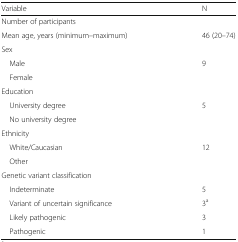
<table><thead><tr><td><b>Variable</b></td><td><b>N</b></td></tr></thead><tbody><tr><td>Number of participants</td><td>[EMPTY_CELL]</td></tr><tr><td>Mean age, years (minimum–maximum)</td><td>46 (20–74)</td></tr><tr><td colspan="2">Sex</td></tr><tr><td> Male</td><td>9</td></tr><tr><td> Female</td><td>[EMPTY_CELL]</td></tr><tr><td colspan="2">Education</td></tr><tr><td> University degree</td><td>5</td></tr><tr><td> No university degree</td><td>[EMPTY_CELL]</td></tr><tr><td colspan="2">Ethnicity</td></tr><tr><td> White/Caucasian</td><td>12</td></tr><tr><td> Other</td><td>[EMPTY_CELL]</td></tr><tr><td colspan="2">Genetic variant classification</td></tr><tr><td> Indeterminate</td><td>5</td></tr><tr><td> Variant of uncertain significance</td><td>3<sup>a</sup></td></tr><tr><td> Likely pathogenic</td><td>3</td></tr><tr><td> Pathogenic</td><td>1</td></tr></tbody></table>